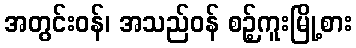
အတွင်းဝန်၊ အသည်ဝန် စဉ့်ကူးမြို့စား